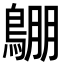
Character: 𪂙